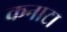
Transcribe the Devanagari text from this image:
कनाटा